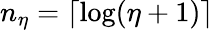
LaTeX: n_{\eta}=\lceil\log(\eta+1)\rceil